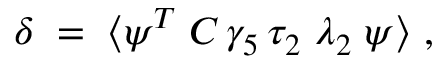
\delta \; = \; \langle \psi ^ { T } \; C \, \gamma _ { 5 } \, \tau _ { 2 } \; \lambda _ { 2 } \; \psi \rangle ~ ,